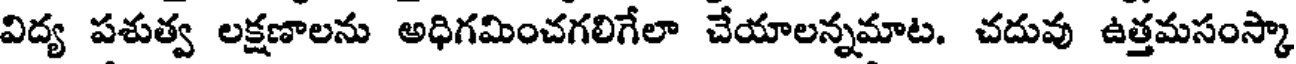
విద్య పశుత్వ లక్షణాలను అధిగమించగలిగేలా చేయాలన్నమాట. చదువు ఉత్తమసంస్కా